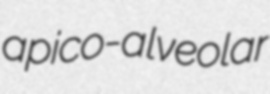
apico-alveolar